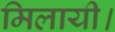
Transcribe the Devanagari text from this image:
मिलायी।